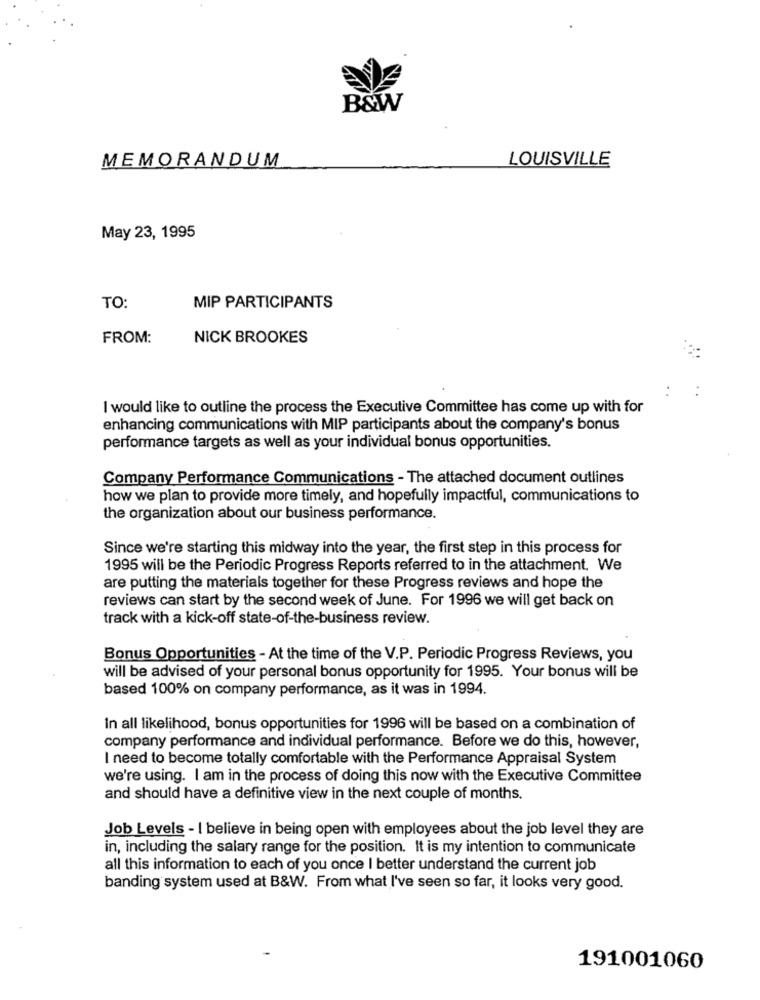
B&W
LOUISVILLE
MEMORANDUM
May 23, 1995
TO:
MIP PARTICIPANTS
FROM:
NICK BROOKES
I would like to outline the process the Executive Committee has come up with for
enhancing communications with MIP participants about the company's bonus
performance targets as well as your individual bonus opportunities.
Company Performance Communications - The attached document outlines
how we plan to provide more timely, and hopefully impactful, communications to
the organization about our business performance.
Since we're starting this midway into the year, the first step in this process for
1995 will be the Periodic Progress Reports referred to in the attachment. We
are putting the materials together for these Progress reviews and hope the
reviews can start by the second week of June. For 1996 we will get back on
track with a kick-off state-of-the-business review.
Bonus Opportunities - At the time of the V.P. Periodic Progress Reviews, you
will be advised of your personal bonus opportunity for 1995. Your bonus will be
based 100% on company performance, as it was in 1994.
In all likelihood, bonus opportunities for 1996 will be based on a combination of
company performance and individual performance. Before we do this, however,
I need to become totally comfortable with the Performance Appraisal System
we're using. I am in the process of doing this now with the Executive Committee
and should have a definitive view in the next couple of months.
Job Levels - I believe in being open with employees about the job level they are
in, including the salary range for the position. It is my intention to communicate
all this information to each of you once I better understand the current job
banding system used at B&W. From what I've seen so far, it looks very good.
191001060